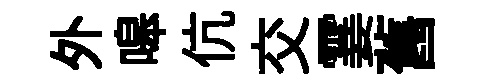
外嗥伉交霎舊